Lunatic asylums Punjab 1881-1894 - 1881-1894
Year: 1881
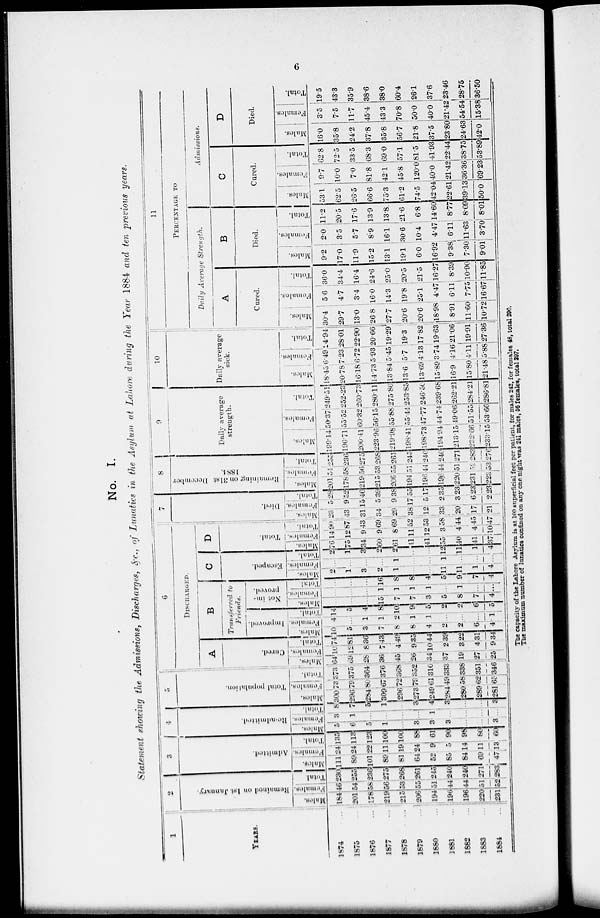
6
No. I.
Statement showing the Admissions, Discharges, &c., of Lunatics in the Asylum at Lahore during the Year 1884 and ten previous years.
1
YEARS.
1874 ...
1875
...
1876 ...
1877 ...
1878 ...
1879
...
1880 ...
1881 ...
1882
...
1883
...
1884
...
2
Remained on 1st January.
Males.
l84
201
178
219
215
206
194
196
196
220
231
Females.
46
54
58
56
53
55
51
44
44
51
52
Total.
230
255
236
275
268
261
245
240
240
271
283
3
Admitted.
Males.
111
89
101
89
81
64
52
85
84
69
47
Females.
24
24
22
11
19
24
9
5
14
11
13
Total.
132
113
123
100
100
88
61
90
98
80
60
4
Re-admitted.
Males.
5
6
5
1
...
3
3
3
...
...
3
Females.
3
1
...
...
...
...
1
...
...
...
...
Total.
8
7
5
1
...
3
4
3
...
...
3
5
Total population.
Males.
300
296
284
309
296
273
249
284
280
289
281
Females.
73
79
80
67
72
79
61
49
58
62
65
Total.
373
375
364
376
368
352
310
333
338
351
346
6
DISCHARGED.
A
Cured.
Males.
64
69
28
36
45
26
34
37
19
27
25
Females.
10
12
8
7
4
9
10
2
3
4
9
Total.
74
81
36
43
49
35
44
39
22
31
34
B
Transferred to
Friends.
Improved.
Males.
10
5
3
7
8
8
4
2
2
6
4
Females.
4
...
1
1
2
1
1
...
...
...
1
Total.
14
5
4
8
10
9
5
2
2
6
5
Not im-
proved.
Males.
...
...
...
15
7
7
3
5
8
7
4
Females.
...
...
...
1
1
1
1
...
1
...
...
Total.
...
...
...
16
8
8
4
5
9
7
4
C
Escaped.
Males.
2
1
3
2
1
...
...
11
11
1
4
Females.
...
...
...
...
1
...
...
1
...
...
...
Total.
2
1
3
2
2
...
...
12
11
1
4
D
Total.
Males.
76
75
34
60
61
41
41
55
40
41
37
Females.
14
12
9
9
8
11
12
3
4
4
10
Total.
90
87
43
69
69
52
53
58
44
45
47
7
Died.
Males.
23
43
31
34
29
38
12
33
20
17
21
Females.
5
9
15
5
9
17
5
2
3
6
2
Total.
28
52
46
39
38
55
17
35
23
23
23
8
Remaining on 31st December
1884.
Males.
201
178
219
215
206
194
196
196
220
231
223
Females.
54
58
56
53
55
51
44
44
51
52
53
Total.
255
236
275
268
261
245
240
240
271
283
276
9
Daily average
strength.
Males.
199.14
196.71
200.41
223.96
219.98
198.41
198.73
194.94
213.15
232.66
233.15
Females.
50.37
55.52
60.32
56.15
55.88
55.44
47.77
44.74
49.06
51.55
53.66
Total.
249.51
252.23
260.73
280.11
275.86
253.85
246.50
239.68
262.21
284.21
286.81
10
Daily average
sick.
Males.
18.45
20.78
16.18
14.73
13.84
13.6
13.69
15.89
16.9
15.80
21.48
Females.
6.49
7.23
6.72
5.93
5.45
5.7
4.13
3.74
4.16
4.11
5.88
Total.
14.94
28.01
22.90
20.66
19.29
19.3
17.82
19.63
21.06
19.91
27.36
11
PERCENTAGE TO
Daily Average
Strength.
A
Cured.
Males.
30.4
29.7
13.0
26.8
27.7
20.6
20.6
18.98
8.91
11.60
10.72
Females.
5.6
4.7
3.4
16.0
14.3
19.8
25.1
4.47
6.11
7.75
16.67
Total.
36.0
34.4
16.4
24.6
25.0
20.5
21.5
16.27
8.39
10.90
11.85
B
Died.
Males.
9.2
17.0
11.9
15.2
13.1
19.1
6.0
16.92
9.38
7.30
9.01
Females.
2.0
3.5
5.7
8.9
16.1
30.6
10.4
4.47
6.11
11.63
3.70
Total.
11.2
20.5
17.6
13.9
13.8
21.6
6.8
14.60
8.77
8.09
8.01
Admissions.
C
Cured.
Males.
53.1
62.5
26.5
66.6
75.3
61.2
74.5
42.04
22.61
39.13
50.0
Females.
9.7
10.0
7.0
81.8
42.1
45.8
120.0
40.0
21.42
36.36
69.23
Total.
62.8
72.5
33.5
68.3
69.0
57.1
81.5
41.93
22.44
38.75
53.89
D
Died.
Males.
16.0
35.8
24.2
37.8
35.8
56.7
21.8
37.5
23.80
24.63
42.0
Females.
3.5
7.5
11.7
45.4
43.3
70.8
50.0
40.0
21.42
54.54
15.38
Total.
19.5
43.3
35.9
38.6
38.0
60.4
26.1
37.6
23.46
28.75
36.50
The capacity of the Lahore Asylum is at 100 superficial feet per patient, for males 242, for females 48, total 290.
The maximum number of lunatics confined on any one night was 241 males, 56 females, total 297.